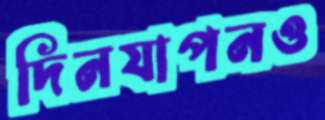
দিনযাপনও